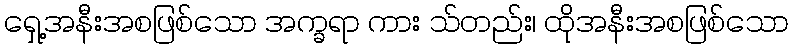
ရှေ့အနီးအစဖြစ်သော အက္ခရာ ကား သ်တည်း၊ ထိုအနီးအစဖြစ်သော